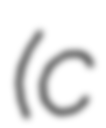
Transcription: (c